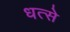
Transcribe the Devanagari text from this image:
धत्से